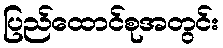
ပြည်ထောင်စုအတွင်း